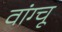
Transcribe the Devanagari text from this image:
वांग्चू